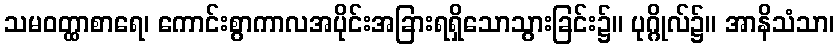
သမဝတ္ထာစာရေ၊ ကောင်းစွာကာလအပိုင်းအခြားရရှိသောသွားခြင်း၌။ ပုဂ္ဂိုလ်၌။ အာနိသံသာ၊